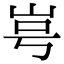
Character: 㞻